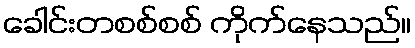
ခေါင်းတစစ်စစ် ကိုက်နေသည်။